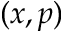
( x , p )